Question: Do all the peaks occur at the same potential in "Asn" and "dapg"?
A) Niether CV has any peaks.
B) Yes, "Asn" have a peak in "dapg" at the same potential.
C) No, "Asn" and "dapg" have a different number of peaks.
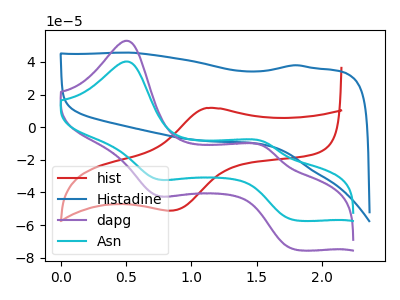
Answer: <think>The red curve "hist" has an anodic peak at (1.10V, 11.75uA) and a cathodic peak at (0.85V, -51.20uA). The blue curve "Histadine" has no peaks. The purple curve "dapg" has anodic peaks at (0.50V, 53.10uA) (1.55V, -11.50uA) and cathodic peaks at (0.75V, -41.75uA) (1.80V, -75.00uA). The cyan curve "Asn" has anodic peaks at (0.50V, 40.35uA) (1.55V, -8.75uA) and cathodic peaks at (0.75V, -31.75uA) (1.80V, -57.00uA).</think>
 <answer>B) Yes, "Asn" have a peak in "dapg" at the same potential.</answer>
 <eval>B</eval>